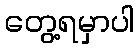
တွေ့ရမှာပါ